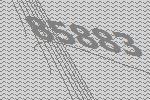
85883